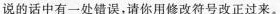
说的话中有一处错误，请你用修改符号改正过来。